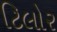
ટિલોર